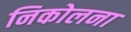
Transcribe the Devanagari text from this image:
निकोलना